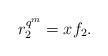
LaTeX: \begin{align*} r_2^{q^m} = xf_2.\end{align*}